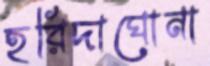
হরিদাঘোনা